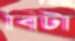
বিটা